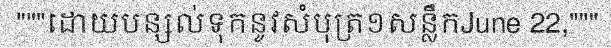
"""ដោយបន្សល់ទុកនូវសំបុត្រ១សន្លឹកJune 22,"""